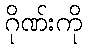
ဂိုဏ်းကို